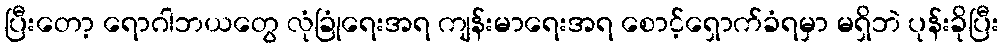
ပြီးတော့ ရောဂါဘယတွေ လုံခြုံရေးအရ ကျန်းမာရေးအရ စောင့်ရှောက်ခံရမှာ မရှိဘဲ ပုန်းခိုပြီး